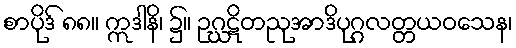
စာပိုဒ် ၈၈။ ဣဒါနိ၊ ၌။ ဥဂ္ဃဋိတညုအာဒိပုဂ္ဂလတ္တယဝသေန၊